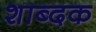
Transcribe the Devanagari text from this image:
शाब्दक